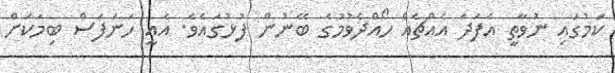
ކަމުގައި ނުވާތީ އެފަދަ އެއްޗެއް ހޯއްދެވުމުގެ ބޭނުން ފުޅުގައެވެ. އެއީ ހަނަފަސް ބިމަކަށް